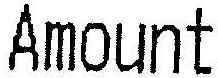
AMOUNT